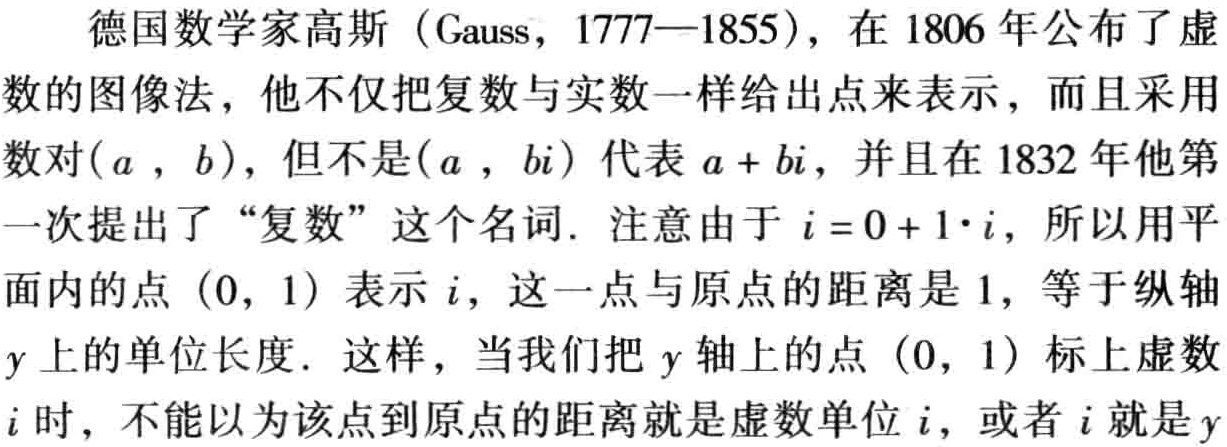
德国数学家高斯（Gauss，1777—1855），在1806年公布了虚

数的图像法，他不仅把复数与实数一样给出点来表示，而且采用

数对\((a , b)\)，但不是\((a , bi)\) 代表 \(a + bi\)，并且在1832年他第

一次提出了“复数”这个名词. 注意由于 \(i = 0 + 1\cdot i\)，所以用平

面内的点 \((0, 1)\) 表示 \(i\)，这一点与原点的距离是1，等于纵轴

\(y\)上的单位长度. 这样，当我们把 \(y\) 轴上的点 \((0, 1)\) 标上虚数

\(i\)时，不能以为该点到原点的距离就是虚数单位\(i\)，或者\(i\)就是\(y\)